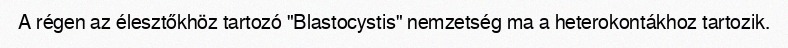
A régen az élesztőkhöz tartozó "Blastocystis" nemzetség ma a heterokontákhoz tartozik.